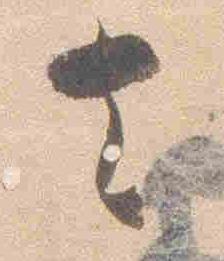
去